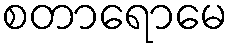
စတာရောမေ